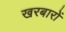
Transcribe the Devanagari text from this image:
खरबारों